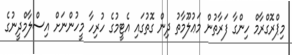
މިޕްރޮގްރާމް ހިންގާ ފަރާތުން މަޢުލޫމާތު ދިން ގޮތުގައި އެޓީމުގެ ހުރިހާ މީހުންނަށް އިސްލާމްދީނުގެ